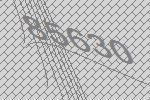
85630